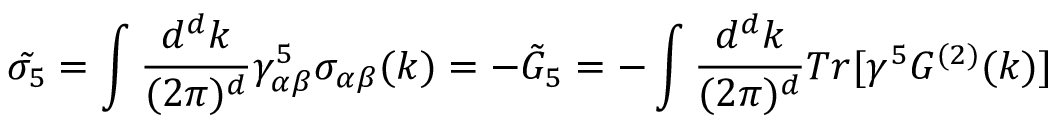
\tilde { \sigma _ { 5 } } = \int { \frac { d ^ { d } k } { ( 2 \pi ) ^ { d } } } \gamma _ { \alpha \beta } ^ { 5 } \sigma _ { \alpha \beta } ( k ) = - \tilde { G } _ { 5 } = - \int { \frac { d ^ { d } k } { ( 2 \pi ) ^ { d } } } T r [ \gamma ^ { 5 } G ^ { ( 2 ) } ( k ) ]